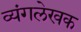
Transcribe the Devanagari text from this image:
व्यंगलेखक